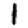
Digit: 1